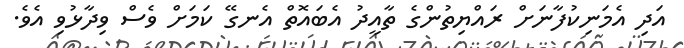
އަދި އެމަނިކުފާނަށް ރައްޔިތުންގެ ތާއީދު އެބައޮތް އެނގޭ ކަމަށް ވެސް ވިދާޅުވި އެވެ.